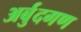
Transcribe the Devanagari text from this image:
अर्बुदगण